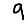
Digit: 9